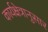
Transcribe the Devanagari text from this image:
कार्यक्षेत्रानुसार